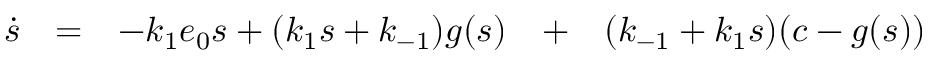
\begin{array} { r c c c c c l } { \dot { s } } & { = } & { - k _ { 1 } e _ { 0 } s + ( k _ { 1 } s + k _ { - 1 } ) g ( s ) } & { + } & { ( k _ { - 1 } + k _ { 1 } s ) ( c - g ( s ) ) } & { } & { } \end{array}